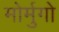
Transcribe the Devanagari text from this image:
मोर्मुगो